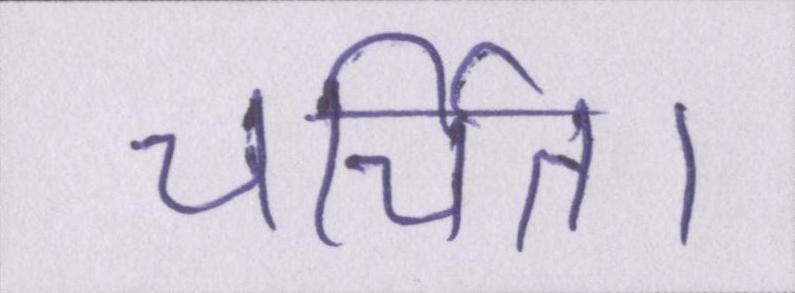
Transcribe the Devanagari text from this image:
चर्चित।